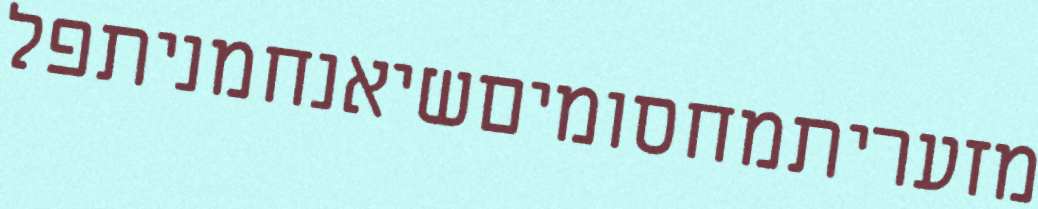
מזעריתמחסומיםשיאנחמניתפל